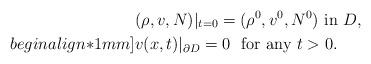
LaTeX: \begin{align*}&(\rho ,v,N)|_{t=0}=(\rho^0,v^0,N^0)\ \mbox{in } D,\\begin{align*}1mm]& v(x,t)|_{\partial D}={ 0}\ \mbox{ for any }t>0.\end{align*}